Preliminary report on a parasite found in persons suffering from enlargement of the spleen in India - Number 8
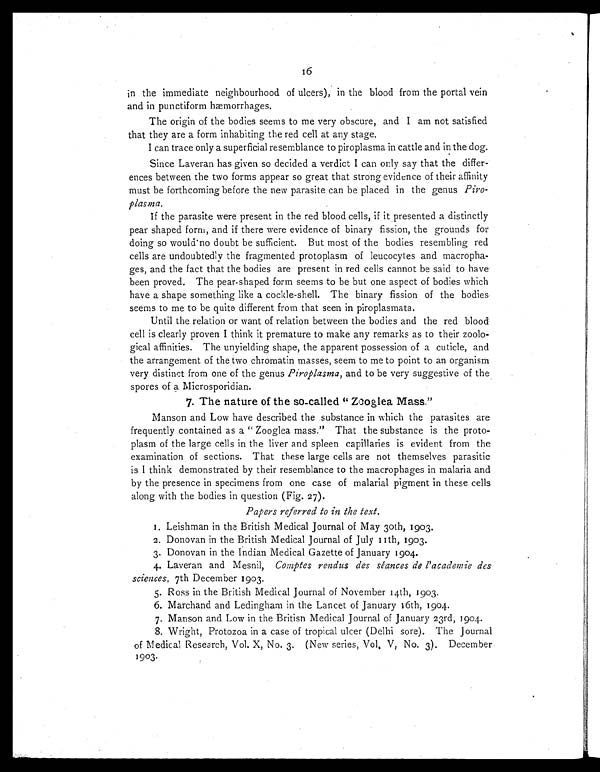
16
in the immediate neighbourhood of ulcers), in the blood from the portal vein
and in punctiform hæmorrhages.
The origin of the bodies seems to me very obscure, and I am not satisfied
that they are a form inhabiting the red cell at any stage.
I can trace only a superficial resemblance to piroplasma in cattle and in the dog.
Since Laveran has given so decided a verdict I can only say that the differ
ences between the two forms appear so great that strong evidence of their affinity
must be forthcoming before the new parasite can be placed in the genus Piro-
plasma.
If the parasite were present in the red blood cells, if it presented a distinctly
pear shaped form, and if there were evidence of binary fission, the grounds for
doing so would no doubt be sufficient. But most of the bodies resembling red
cells are undoubtedly the fragmented protoplasm of leucocytes and macropha-
ges, and the fact that the bodies are present in red cells cannot be said to have
been proved. The pear-shaped form seems to be but one aspect of bodies which
have a shape something like a cockle-shell. The binary fission of the bodies
seems to me to be quite different from that seen in piroplasmata.
Until the relation or want of relation between the bodies and the red blood
cell is clearly proven I think it premature to make any remarks as to their zoolo-
gical affinities. The unyielding shape, the apparent possession of a cuticle, and
the arrangement of the two chromatin masses, seem to me to point to an organism
very distinct from one of the genus Piroplasma, and to be very suggestive of the
spores of a Microsporidian.
7. The nature of the so-called " Zooglea Mass."
Manson and Low have described the substance in which the parasites are
frequently contained as a " Zooglea mass." That the substance is the proto-
plasm of the large cells in the liver and spleen capillaries is evident from the
examination of sections. That these large cells are not themselves parasitic
is I think demonstrated by their resemblance to the macrophages in malaria and
by the presence in specimens from one case of malarial pigment in these cells
along with the bodies in question (Fig. 27 ).
Papers referred to in the text.
1. Leishman in the British Medical Journal of May 30th, 1903.
2. Donovan in the British Medical Journal of July 11th, 1903.
3. Donovan in the Indian Medical Gazette of January 1904.
4. Laveran and Mesnil, Comptes rendus des séances de l'academie des
sciences, 7th December 1903.
5. Ross in the British Medical Journal of November 14th, 1903.
6. Marchand and Ledingham in the Lancet of January 16th, 1904.
7. Manson and Low in the British Medical Journal of January 23rd, 1904.
8. Wright, Protozoa in a case of tropical ulcer (Delhi sore). The Journal
of Medical Research, Vol. X, No. 3. (New series, Vol. V, No. 3). December
1903.